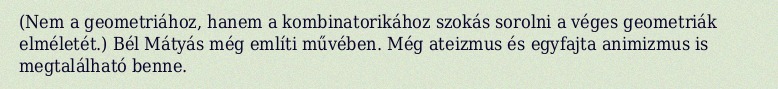
(Nem a geometriához, hanem a kombinatorikához szokás sorolni a véges geometriák elméletét.) Bél Mátyás még említi művében. Még ateizmus és egyfajta animizmus is megtalálható benne.